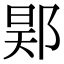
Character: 𨛴